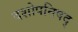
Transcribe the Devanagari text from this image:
दशोपनिषद्